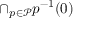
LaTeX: \cap _ { p \in { \mathcal { P } } } p ^ { - 1 } ( 0 )